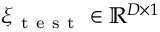
\xi _ { \mathrm { ~ t ~ e ~ s ~ t ~ } } \in \mathbb { R } ^ { D \times 1 }